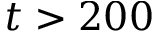
t > 2 0 0